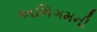
અભિગમની